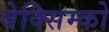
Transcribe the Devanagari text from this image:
बेक्सिम्को